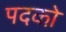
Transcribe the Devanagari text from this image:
पदको़